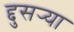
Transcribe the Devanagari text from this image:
द्दुसर्‍या